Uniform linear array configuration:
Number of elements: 24
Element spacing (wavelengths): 0.5
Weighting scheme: hann
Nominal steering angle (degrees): -15
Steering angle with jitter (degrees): -15.77
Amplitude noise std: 0.05
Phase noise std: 0.05

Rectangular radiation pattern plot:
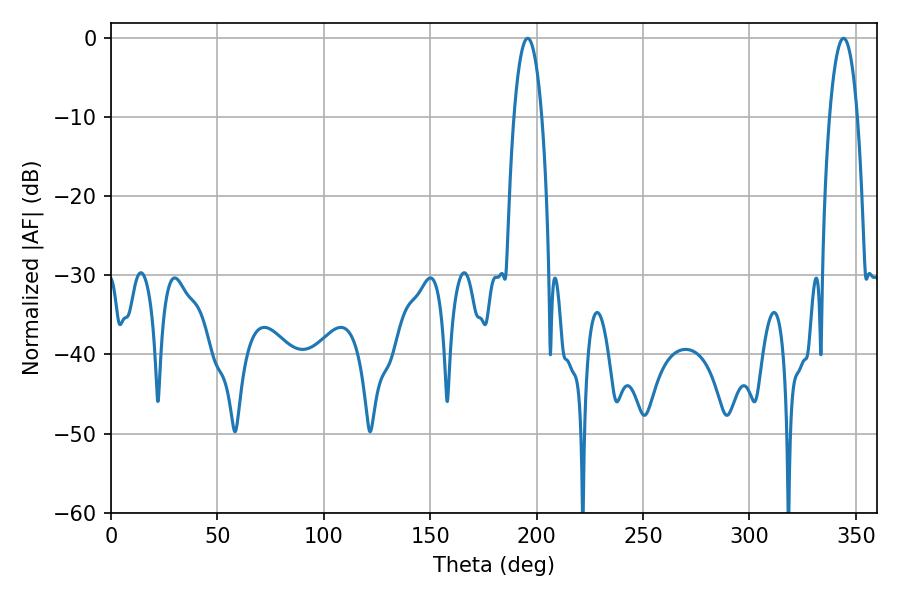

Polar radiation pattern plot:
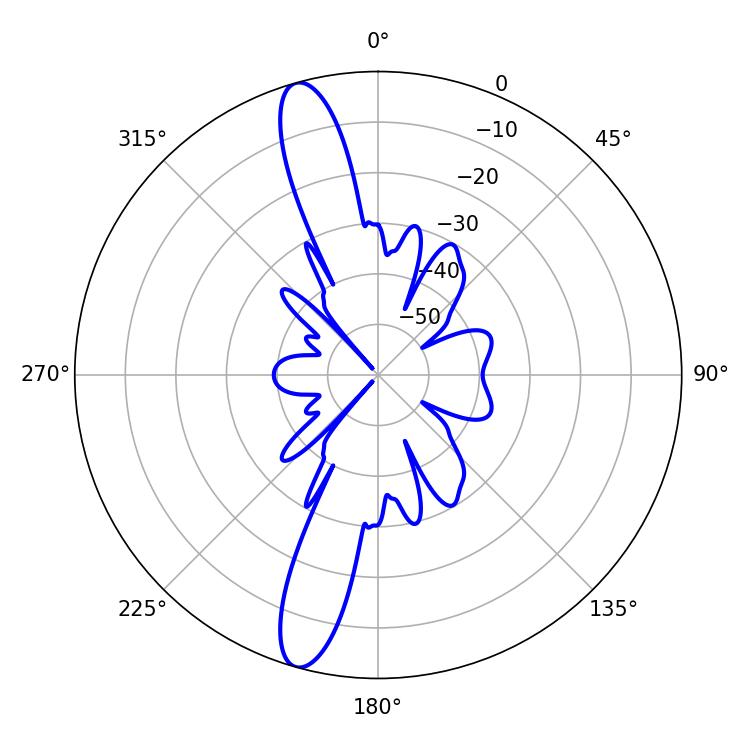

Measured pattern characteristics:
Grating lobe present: FALSE
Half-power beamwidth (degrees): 7.2
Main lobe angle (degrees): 195.84